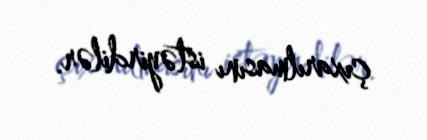
çıxarılmasını istəyirdilər.